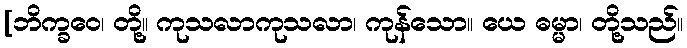
[ဘိက္ခဝေ၊ တို့။ ကုသလာကုသလာ၊ ကုန်သော။ ယေ ဓမ္မာ၊ တို့သည်။